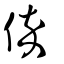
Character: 倅